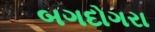
બગદોગરા